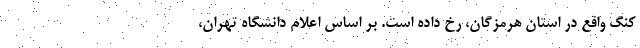
کنگ واقع در استان هرمزگان، رخ داده است. بر اساس اعلام دانشگاه تهران،